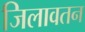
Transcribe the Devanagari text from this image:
जिलावतन